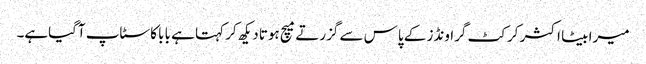
میرا بیٹا اکثر کرکٹ گراونڈز کے پاس سے گزرتے میچ ہوتا دیکھ کر کہتا ہے بابا کا سٹاپ آگیاہے۔